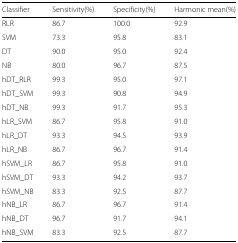
<table><thead><tr><td><b>Classifier</b></td><td><b>Sensitivity(%)</b></td><td><b>Specificity(%)</b></td><td><b>Harmonic mean(%)</b></td></tr></thead><tbody><tr><td>RLR</td><td>86.7</td><td>100.0</td><td>92.9</td></tr><tr><td>SVM</td><td>73.3</td><td>95.8</td><td>83.1</td></tr><tr><td>DT</td><td>90.0</td><td>95.0</td><td>92.4</td></tr><tr><td>NB</td><td>80.0</td><td>96.7</td><td>87.5</td></tr><tr><td>hDT_RLR</td><td>99.3</td><td>95.0</td><td>97.1</td></tr><tr><td>hDT_SVM</td><td>99.3</td><td>90.8</td><td>94.9</td></tr><tr><td>hDT_NB</td><td>99.3</td><td>91.7</td><td>95.3</td></tr><tr><td>hLR_SVM</td><td>86.7</td><td>95.8</td><td>91.0</td></tr><tr><td>hLR_DT</td><td>93.3</td><td>94.5</td><td>93.9</td></tr><tr><td>hLR_NB</td><td>86.7</td><td>96.7</td><td>91.4</td></tr><tr><td>hSVM_LR</td><td>86.7</td><td>95.8</td><td>91.0</td></tr><tr><td>hSVM_DT</td><td>93.3</td><td>94.2</td><td>93.7</td></tr><tr><td>hSVM_NB</td><td>83.3</td><td>92.5</td><td>87.7</td></tr><tr><td>hNB_LR</td><td>86.7</td><td>96.7</td><td>91.4</td></tr><tr><td>hNB_DT</td><td>96.7</td><td>91.7</td><td>94.1</td></tr><tr><td>hNB_SVM</td><td>83.3</td><td>92.5</td><td>87.7</td></tr></tbody></table>